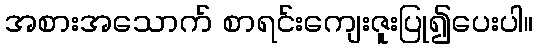
အစားအသောက် စာရင်းကျေးဇူးပြု၍ပေးပါ။